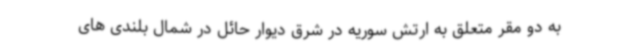
به دو مقر متعلق به ارتش سوریه در شرق دیوار حائل در شمال بلندی های